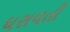
ધરાવતી